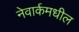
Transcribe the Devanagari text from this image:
नेवार्कमधील